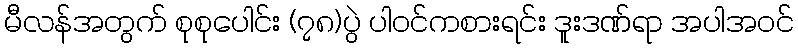
မီလန်အတွက် စုစုပေါင်း (၇၈)ပွဲ ပါဝင်ကစားရင်း ဒူးဒဏ်ရာ အပါအဝင်